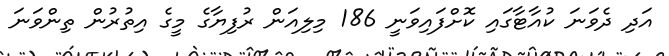
އަދި ދެވަނަ ކުއާޓާގައި ކޮށްފައިވަނީ 186 މިލިއަން ރުފިޔާގެ މީގެ އިތުރުން ތިންވަނަ